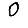
Digit: 0